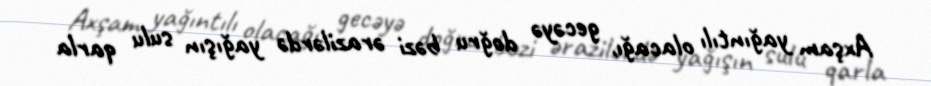
Axşam yağıntılı olacağı, gecəyə doğru bəzi ərazilərdə yağışın sulu qarla